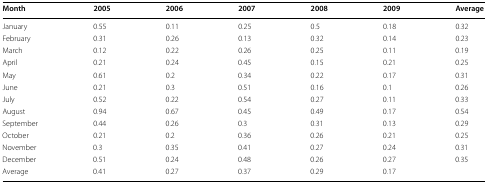
| Month | 2005 | 2006 | 2007 | 2008 | 2009 | Average |
 | --- | --- | --- | --- | --- | --- | --- |
 | January | 0.55 | 0.11 | 0.25 | 0.5 | 0.18 | 0.32 |
 | February | 0.31 | 0.26 | 0.13 | 0.32 | 0.14 | 0.23 |
 | March | 0.12 | 0.22 | 0.26 | 0.25 | 0.11 | 0.19 |
 | April | 0.21 | 0.24 | 0.45 | 0.15 | 0.21 | 0.25 |
 | May | 0.61 | 0.2 | 0.34 | 0.22 | 0.17 | 0.31 |
 | June | 0.21 | 0.3 | 0.51 | 0.16 | 0.1 | 0.26 |
 | July | 0.52 | 0.22 | 0.54 | 0.27 | 0.11 | 0.33 |
 | August | 0.94 | 0.67 | 0.45 | 0.49 | 0.17 | 0.54 |
 | September | 0.44 | 0.26 | 0.3 | 0.31 | 0.13 | 0.29 |
 | October | 0.21 | 0.2 | 0.36 | 0.26 | 0.21 | 0.25 |
 | November | 0.3 | 0.35 | 0.41 | 0.27 | 0.24 | 0.31 |
 | December | 0.51 | 0.24 | 0.48 | 0.26 | 0.27 | 0.35 |
 | Average | 0.41 | 0.27 | 0.37 | 0.29 | 0.17 |  |